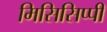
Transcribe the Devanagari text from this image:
मिसिसिप्‍पी